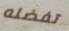
تفضله